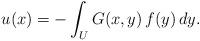
LaTeX: \begin{align*} u(x)=-\int_U G(x,y)\,f(y)\,dy. \end{align*}